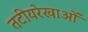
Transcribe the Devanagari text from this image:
तटीयरेखाओं